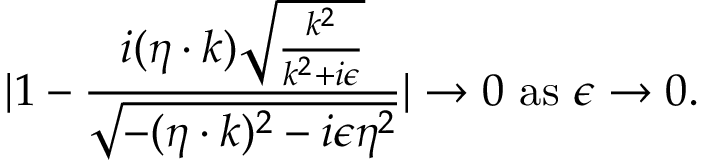
| 1 - { \frac { i ( \eta \cdot k ) \sqrt { { \frac { k ^ { 2 } } { k ^ { 2 } + i \epsilon } } } } { \sqrt { - ( \eta \cdot k ) ^ { 2 } - i \epsilon \eta ^ { 2 } } } } | \to 0 \ \mathrm { a s } \ \epsilon \to 0 .